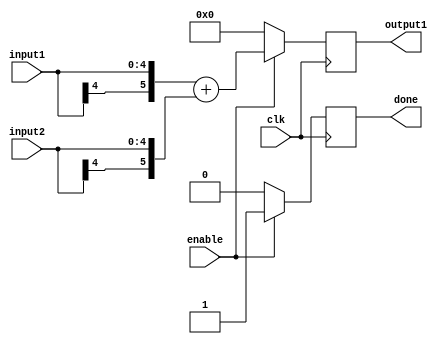
`timescale 1ns / 1ps

module adderStage3(
    	input [4:0] input1,
    	input [4:0] input2,
    	output reg [5:0] output1,
    	input clk,
    	input enable,
	output reg done
    );

	always @ (posedge clk) begin
		if(enable) begin
			output1 <= {input1[4], input1} + {input2[4], input2};	
			done <= 1'b1;
		end
		else begin
			output1 <= 0;
			done <= 1'b0;
		end
	end
	
endmodule